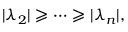
| \lambda _ { 2 } | \geqslant \cdots \geqslant | \lambda _ { n } | ,